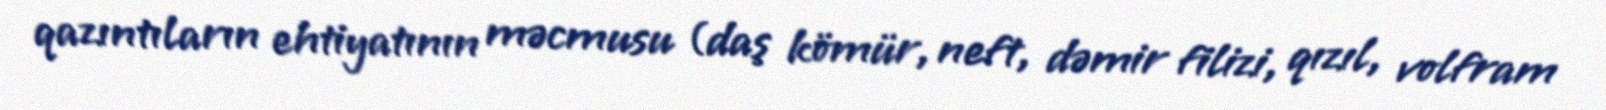
qazıntıların ehtiyatının məcmusu (daş kömür, neft, dəmir filizi, qızıl, volfram